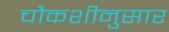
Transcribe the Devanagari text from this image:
चौकशीनुसार